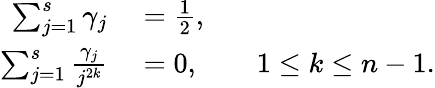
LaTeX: \begin{array}{rl}{\sum_{j=1}^{s}\gamma_{j}}&{{}=\frac{1}{2},}\\ {\sum_{j=1}^{s}\frac{\gamma_{j}}{j^{2k}}}&{{}=0,\qquad 1\leq k\leq n-1.}\end{array}